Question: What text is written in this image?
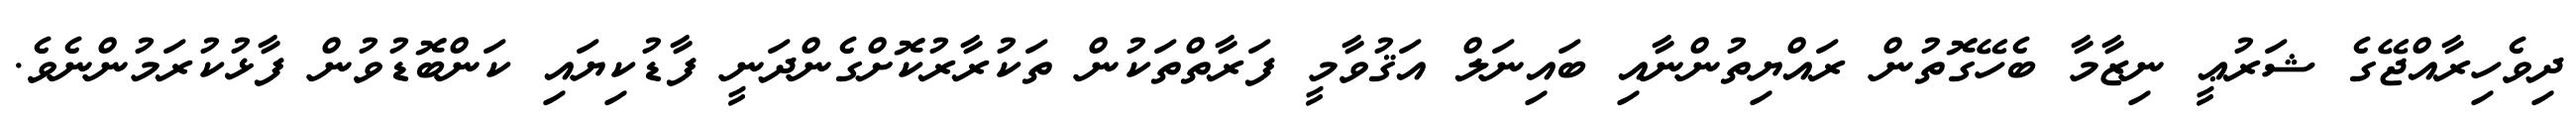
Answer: ދިވެހިރާއްޖޭގެ ޝަރުޢީ ނިޒާމާ ބެހޭގޮތުން ރައްޔިތުންނާއި ބައިނަލް އަޤުވާމީ ފަރާތްތަކުން ތަކުރާރުކޮށްގެންދަނީ ފާޑުކިޔައި ކަންބޮޑުވުން ފާޅުކުރަމުންނެވެ.